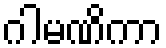
ဂါမဏိကာ